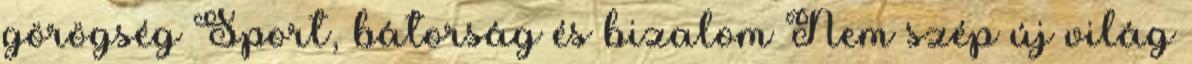
görögség Sport, bátorság és bizalom Nem szép új világ